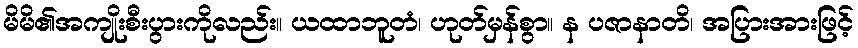
မိမိ၏အကျိုးစီးပွားကိုလည်း။ ယထာဘူတံ၊ ဟုတ်မှန်စွာ။ န ပဇာနာတိ၊ အပြားအားဖြင့်